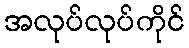
အလုပ်လုပ်ကိုင်